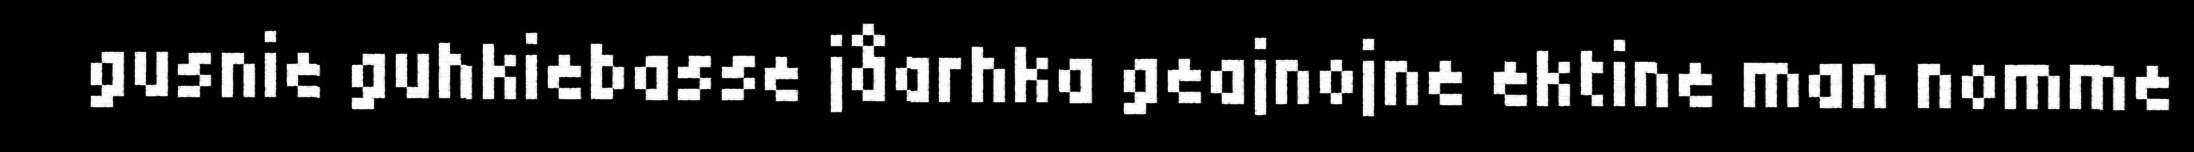
gusnie guhkiebasse jåarhka geajnojne ektine man nomme